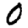
Digit: 0